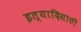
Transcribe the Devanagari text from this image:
इत्यादिसाठी